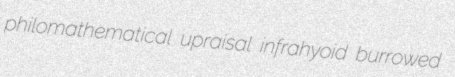
philomathematical upraisal infrahyoid burrowed